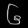
Digit: ၆